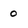
Character: 0